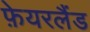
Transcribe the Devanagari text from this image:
फ़ेयरलैंड